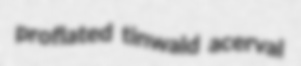
proflated tinwald acerval